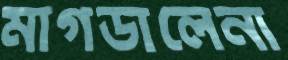
মাগডালেনা